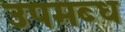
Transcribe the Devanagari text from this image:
उपमब्ध